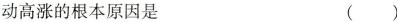
动高涨的根本原因是（）